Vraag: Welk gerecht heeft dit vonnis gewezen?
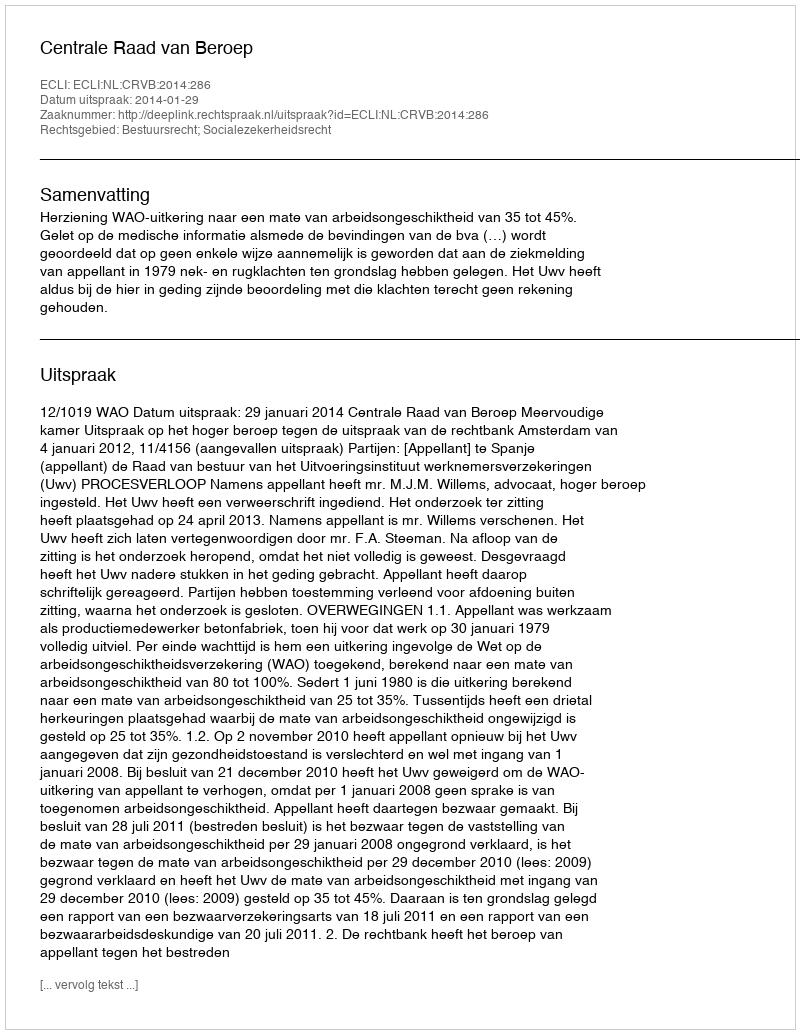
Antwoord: Centrale Raad van Beroep